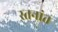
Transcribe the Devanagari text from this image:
स्तनांत